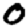
Digit: 0